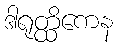
ဒါရုတ္ထိကေန